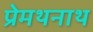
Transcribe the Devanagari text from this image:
प्रेमथनाथ